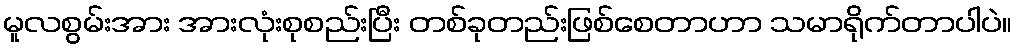
မူလစွမ်းအား အားလုံးစုစည်းပြီး တစ်ခုတည်းဖြစ်စေတာဟာ သမာရိုက်တာပါပဲ။